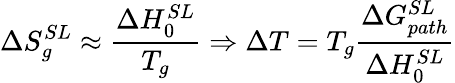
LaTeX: \Delta S_{g}^{SL}\approx\frac{\Delta H_{0}^{SL}}{T_{g}}\Rightarrow\Delta T=T_{g}\frac{\Delta G_{path}^{SL}}{\Delta H_{0}^{SL}}